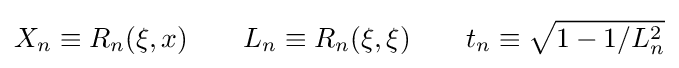
X_{n}\equiv R_{n}(\xi ,x)\qquad L_{n}\equiv R_{n}(\xi ,\xi )\qquad t_{n}\equiv {\sqrt {1-1/L_{n}^{2}}}